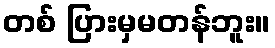
တစ် ပြားမှမတန်ဘူး။